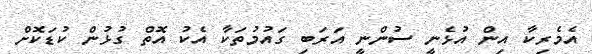
އެމެރިކާ އިން އުޅެނީ ސުންނީ އަރަބި ގައުމުތަކާ އެކު އޮތް ގުޅުން ކުޑަކޮށް